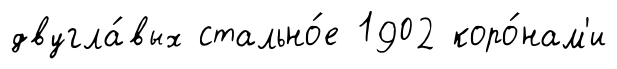
двугла́вых стально́е 1902 коро́нам'и